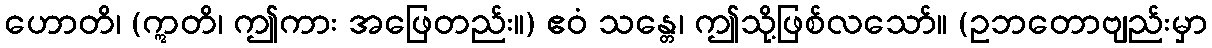
ဟောတိ၊ (ဣတိ၊ ဤကား အဖြေတည်း။) ဧဝံ သန္တေ၊ ဤသို့ဖြစ်လသော်။ (ဥဘတောဗျည်းမှာ